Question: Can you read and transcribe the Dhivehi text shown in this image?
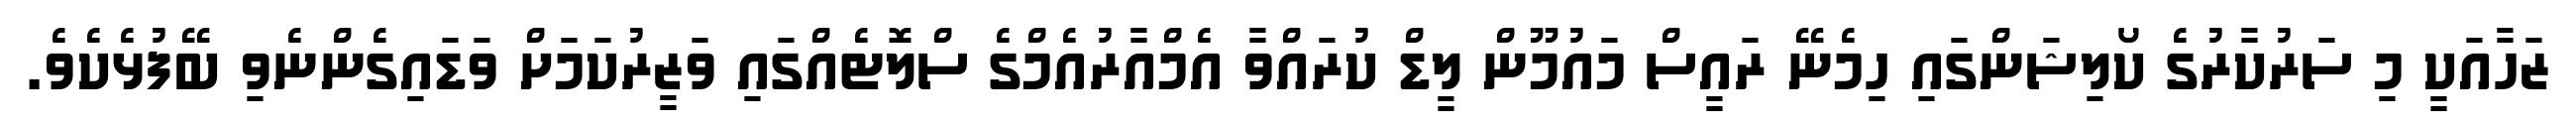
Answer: ޒަހާއަކީ މި ސަރުކާރުގެ ކޯލިޝަންގައި ހިމެނޭ ރައީސް މައުމޫން ލީޑް ކުރައްވާ އެމްއާރުއެމްގެ ސްލޮޓެއްގައި ވަޒީރުކަމަށް ވަޑައިގެންނެވި ބޭފުޅެކެވެ.